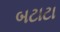
બટાટા